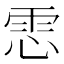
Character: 𩂈